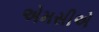
એમસીએ